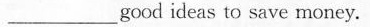
___ good ideas to save money.